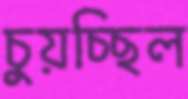
চুয়চ্ছিল